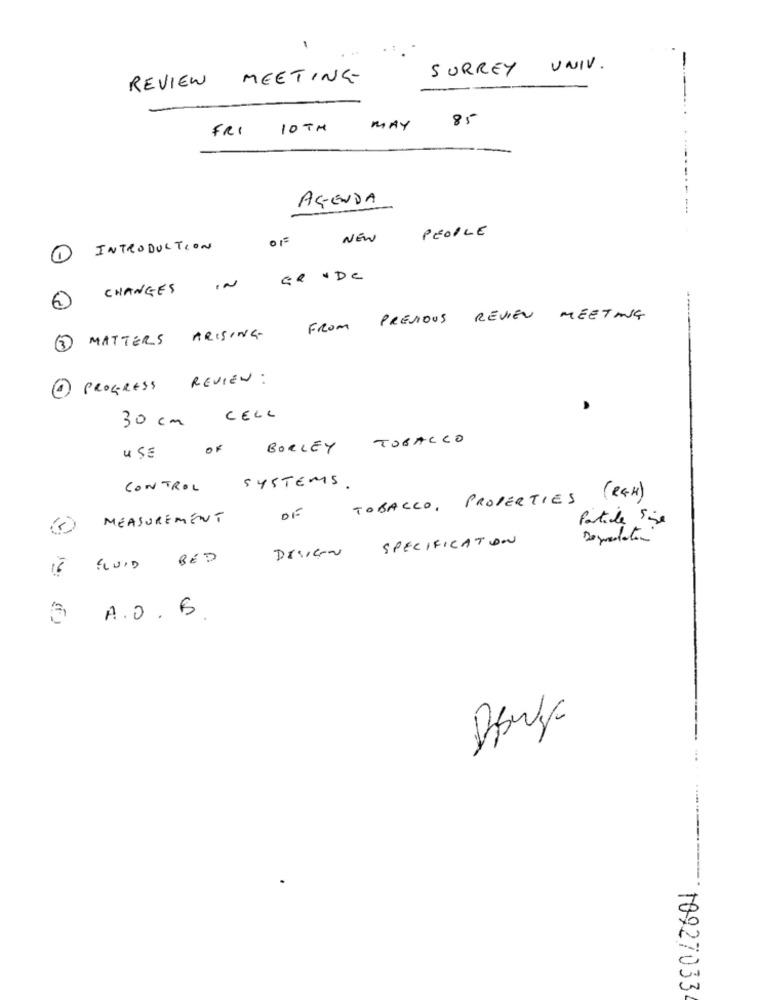
1
SURREY UNIV.
REVIEW MEETING
85
FRI
10 TH
MAY
AGENDA
PEOPLE
01
NEW
INTRODUCTION
CHANGES
IN
PREVIOUS REVIEN MEETING
FROM
3 MATTERS ARISING-
PROGRESS REVIEW :
30 cm CELL
TOBACCO
OF
BORLEY
4SE
CONTROL
SYSTEMS .
TOBACCO, PROPERTIES (RGH)
MEASUREMENT
OF
Particle Sise
SPECIFICATION
DESIGN
IN GUID BED
A.O.B.
10927033